Civil Veterinary Department. Central Provinces & Berar 1932-41 - 1932-1941
Year: 1932
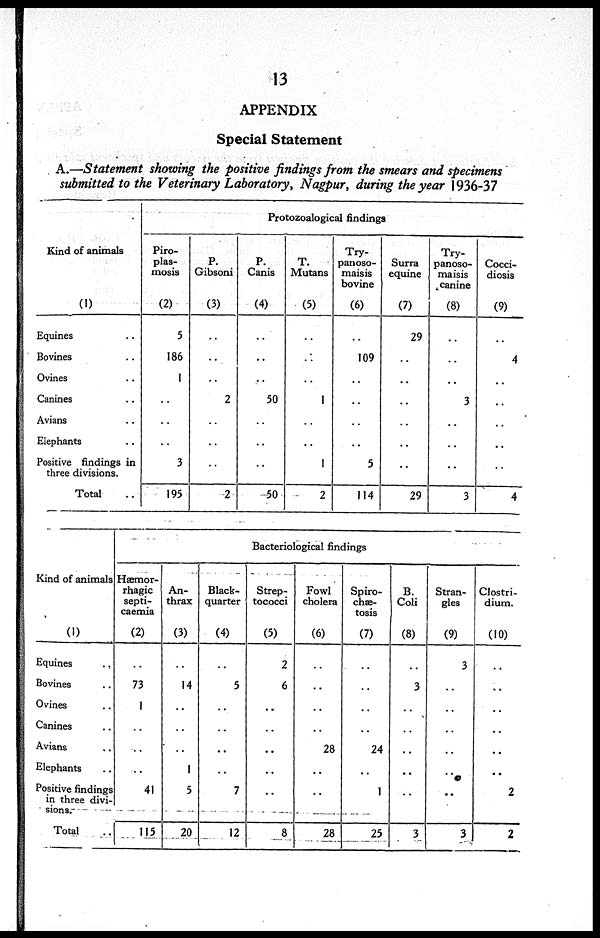
13
APPENDIX
Special Statement
A.—Statement showing the positive findings from the smears and specimens
submitted to the Veterinary Laboratory, Nagpur, during the year 1936-37
Kind of animals
(1)
Equines
Bovines
Ovines
Canines
Avians
Elephants
Positive findings in
three divisions.
Total
Protozoalogical findings
Piro-
plas-
mosis
(2)
5
186
1
..
..
..
3
195
P.
Gibsoni
(3)
..
..
..
2
..
..
..
2
P.
Canis
(4)
..
..
..
50
..
..
..
50
T.
Mutans
(5)
..
..
..
1
..
..
1
2
Try-
panoso-
maisis
bovine
(6)
..
109
..
..
..
..
5
114
Surra
equine
(7)
29
..
..
..
..
..
..
29
Try-
panoso-
maisis
canine
(8)
..
..
..
3
..
..
..
3
Cocci-
diosis
(9)
..
4
..
..
..
..
..
4
Kind of animals
(1)
Equines
Bovines
Ovines
Canines
Avians
Elephants
Positive findings
in three divi-
sions.-
Total
Bacteriological findings
Hæmor-
rhagic
septi-
caemia
(2)
..
73
1
..
..
..
41
115
An-
thrax
(3)
..
14
..
..
..
1
5
20
Black-
quarter
(4)
..
5
..
..
..
..
7
12
Strep-
tococci
(5)
2
6
..
..
..
..
..
8
Fowl
cholera
(6)
..
..
..
..
28
..
..
28
Spiro-
chæ-
tosis
(7)
..
..
..
..
24
..
1
25
B.
Coli
(8)
..
3
..
..
..
..
..
3
Stran-
gles
(9)
3
..
..
..
..
..
..
3
Clostri-
dium.
(10)
..
..
..
..
..
..
2
2